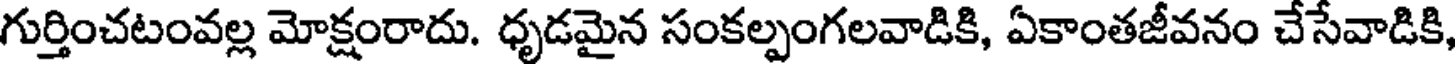
గుర్తించటంవల్ల మోక్షంరాదు. ధృడమైన సంకల్పంగలవాడికి, ఏకాంతజీవనం చేసేవాడికి